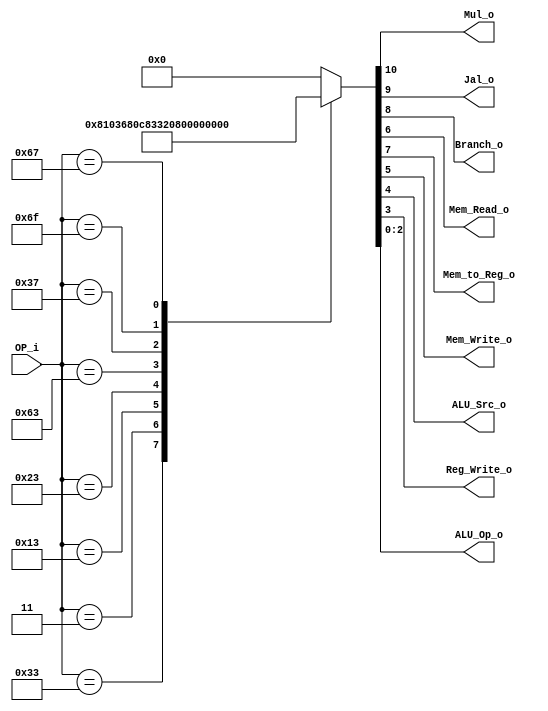
/******************************************************************
* Description
*	This is control unit for the RISC-V Microprocessor. The control unit is 
*	in charge of generation of the control signals. Its only input 
*	corresponds to opcode from the instruction bus.
*	1.0
* Author:
*	Dr. Jos Luis Pizano Escalante
* email:
*	luispizano@iteso.mx
* Date:
*	16/08/2021
******************************************************************/
module Control
(
	input [6:0]OP_i,
	
	output Mul_o,
	output Jal_o,
	output Branch_o,
	output Mem_Read_o,
	output Mem_to_Reg_o,
	output Mem_Write_o,
	output ALU_Src_o,
	output Reg_Write_o,
	output [2:0]ALU_Op_o
);

localparam R_type = 7'b0110011;
localparam I_logic_type = 7'b0010011;
localparam I_charge_type = 7'b0000011;
localparam S_type = 7'b0100011;
localparam B_type = 7'b1100011;
localparam U_type = 7'b0110111;
localparam J_type = 7'b1101111;
localparam I_jal_type = 7'b1100111;

reg [10:0] control_values;

always@(OP_i) begin
	case(OP_i)//                     8_7654_3_210		
		R_type:
			begin
				control_values = 11'b1_00_0000_1_000;
			end
		I_charge_type:
			begin
				control_values = 11'b0_00_1101_1_010;
			end
		I_logic_type:
			begin
				control_values = 11'b0_00_0001_1_001;
			end
			
		S_type:
			begin
				control_values = 11'b0_00_0011_0_011;
			end
			
		B_type:
			begin
				control_values = 11'b0_01_0000_0_100;
			end
			
		U_type:
			begin
				control_values = 11'b0_00_0001_1_101;
			end
		J_type:
			begin
				control_values = 11'b0_10_0001_1_110;
			end
		I_jal_type:
			begin
				control_values = 11'b0_10_0001_1_111;
			end
			
		default:
			control_values= 11'b0_00_0000_0_000;
		endcase
end	

assign Mul_o = control_values[10];

assign Jal_o = control_values[9];

assign Branch_o = control_values[8];

assign Mem_to_Reg_o = control_values[7];

assign Mem_Read_o = control_values[6];

assign Mem_Write_o = control_values[5];

assign ALU_Src_o = control_values[4];

assign Reg_Write_o = control_values[3];

assign ALU_Op_o = control_values[2:0];	

endmodule